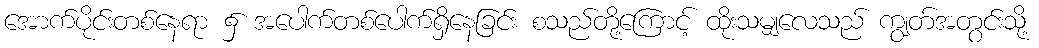
အောက်ပိုင်းတစ်နေရာ ၌ အပေါက်တစ်ပေါက်ရှိနေခြင်း စသည်တို့ကြောင့် ထိုးသမျှလေသည် ကျွတ်အတွင်းသို့